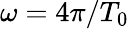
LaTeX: \omega=4\pi/T_{0}